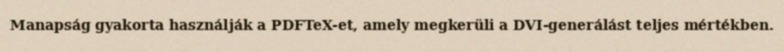
Manapság gyakorta használják a PDFTeX-et, amely megkerüli a DVI-generálást teljes mértékben.